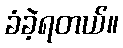
ခံခဲ့ရတယ်။